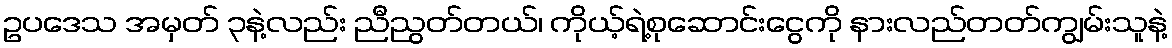
ဥပဒေသ အမှတ် ၃နဲ့လည်း ညီညွတ်တယ်၊ ကိုယ့်ရဲ့စုဆောင်းငွေကို နားလည်တတ်ကျွမ်းသူနဲ့